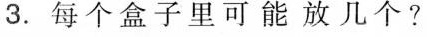
3.每个盒子里可能放几个？